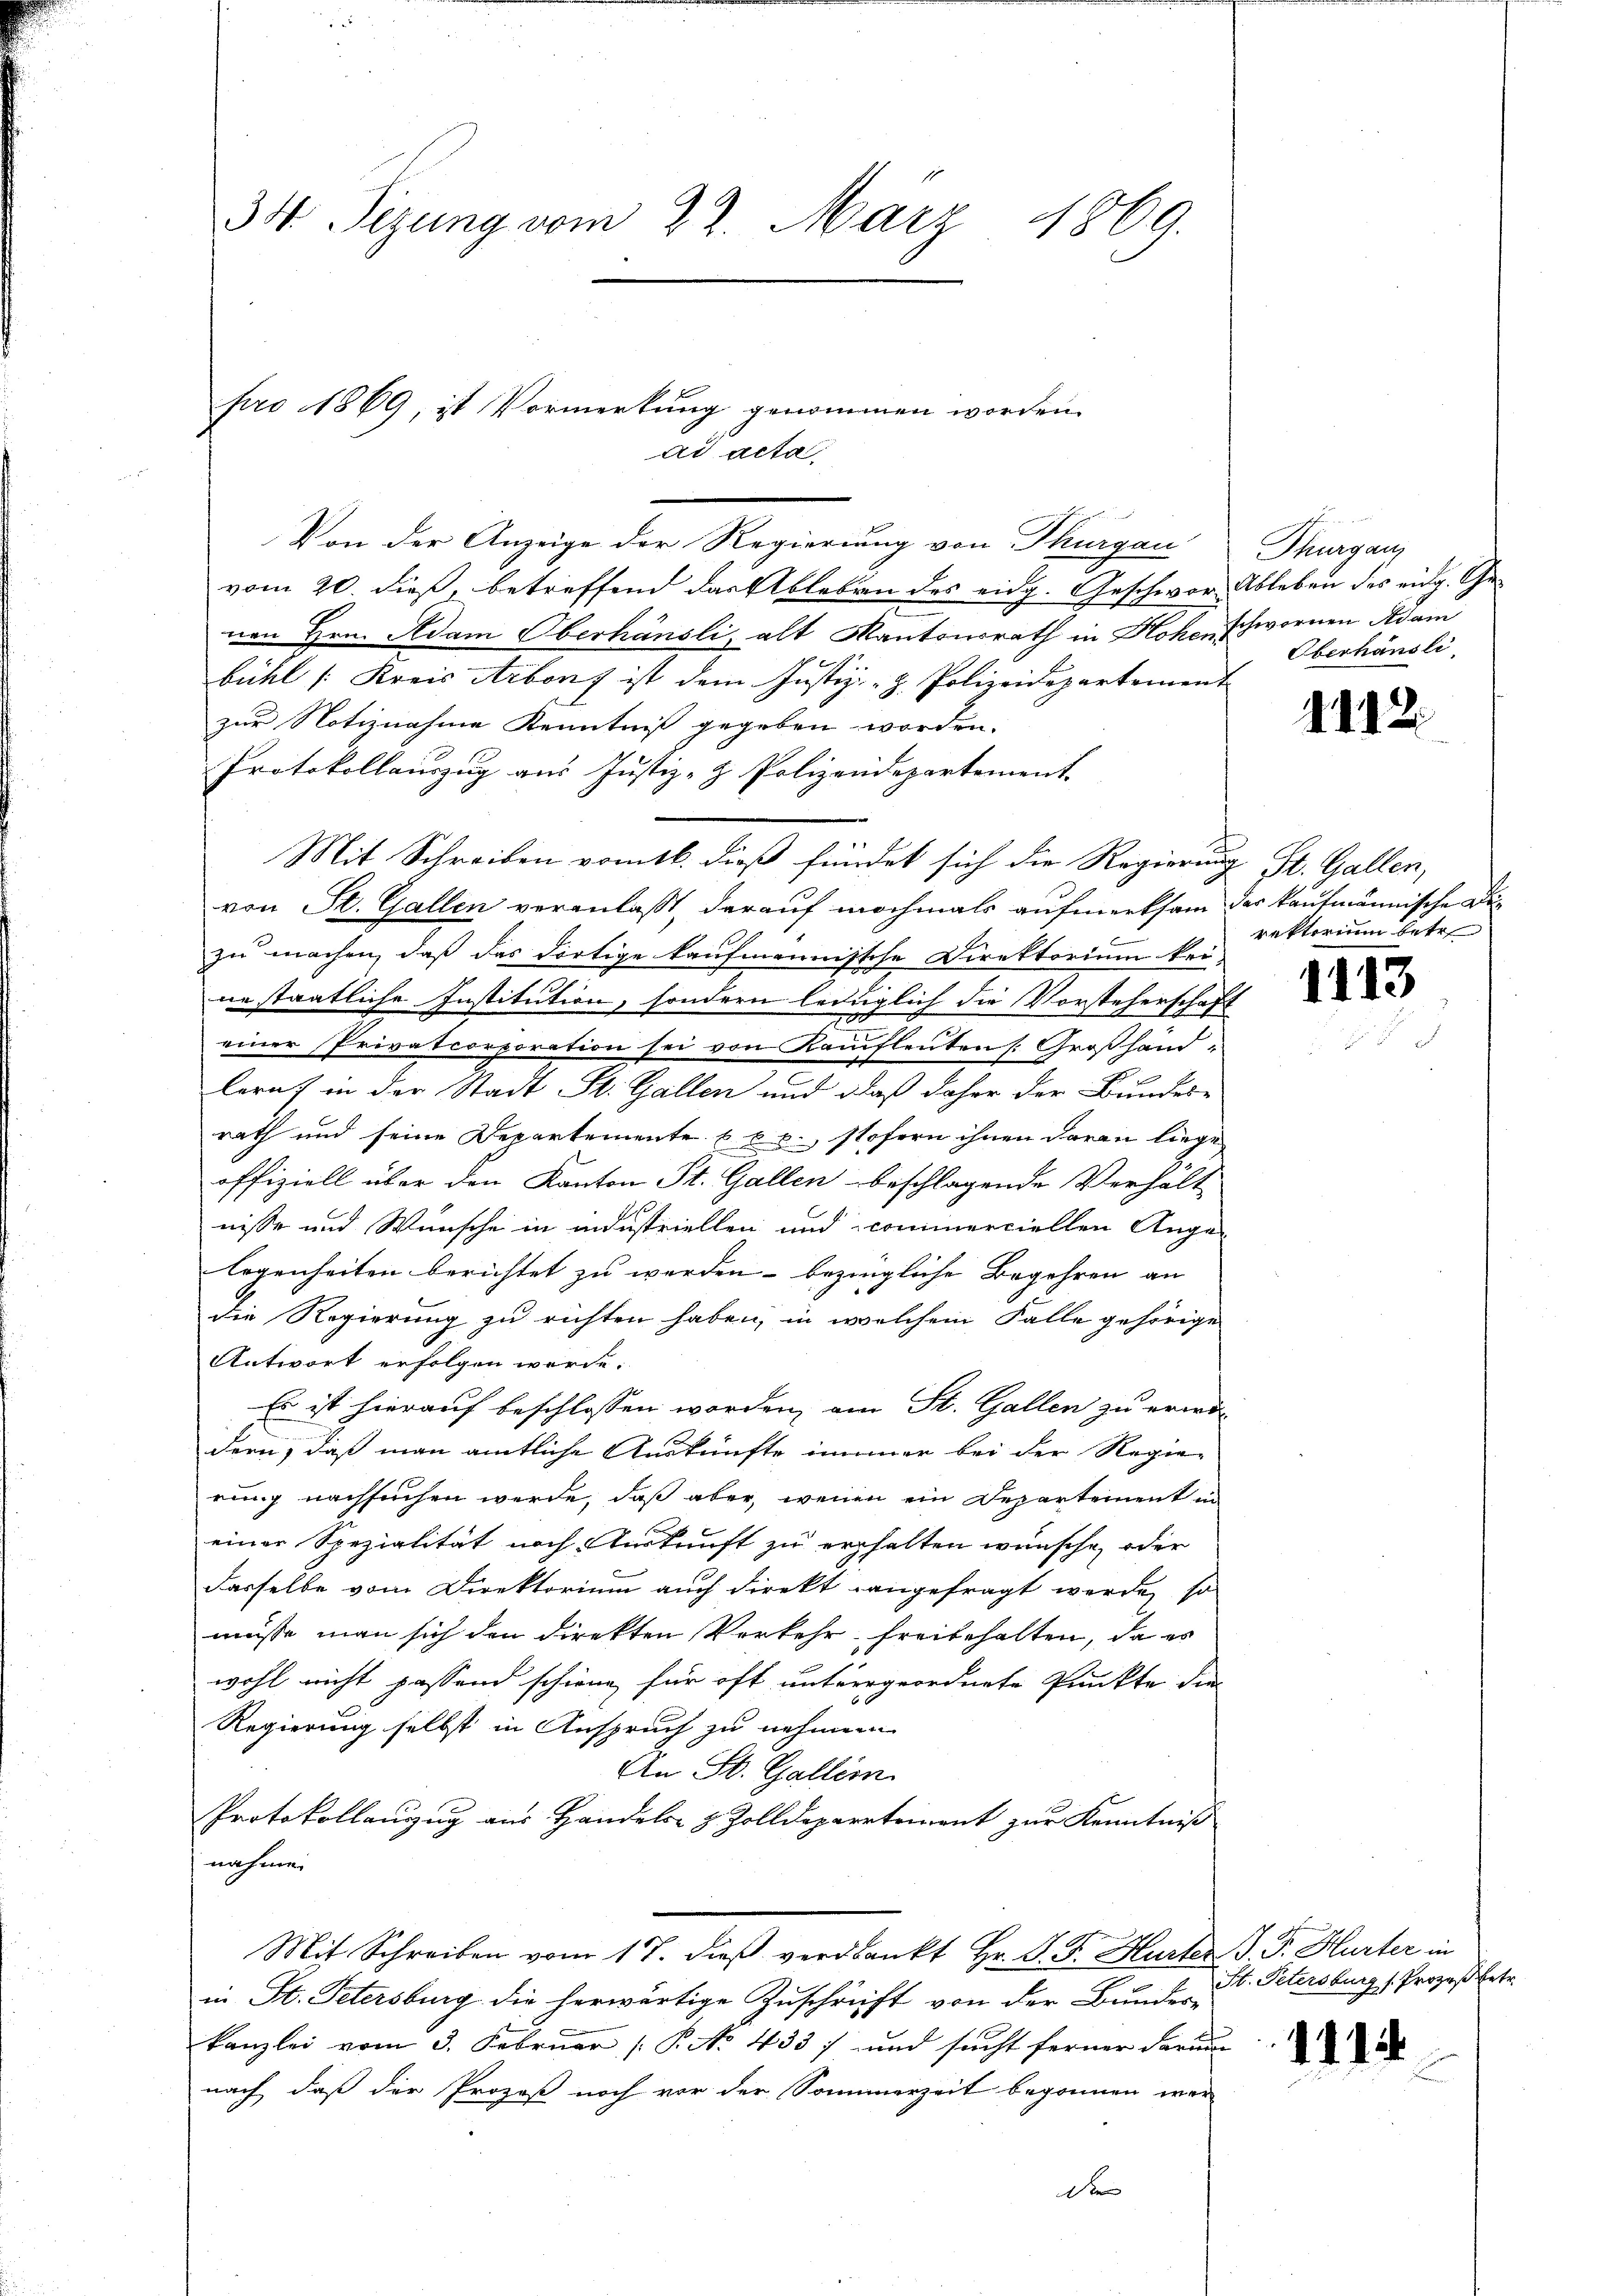
34. Sizung vom 23. März 1869.

pro 1869, ist Vormerkung genommen worden.
ad acta

Von der Anzeige der Regierung von Thurgau
vom 20. dieß, betreffend das Ableben des eidg. Geschwornen Hrn. Adam Oberhänsli, alt Kantonsrath in Hohen
bühl [Kreis Arbonf ist dem Justiz- & Polizeidepartement
zur Notiznahme Kenntniß gegeben worden.
Protokollauszug aus Justiz- & Polizendepartement
Mit Schreiben vom 16. dieß findet sich die Regierung St. Gallen,
von St. Gallen veranlaßt, darauf nochmals aufmerksam
zu machen, daß das dortige kaufmannische Direktorium kei-
ne staatliche Institution, sondern lediglich die Vorsteherschaf
einer Privatcorporation sei von Kaufleuten [Großhand-
leraf in der Stadt St. Gallen und daß daher der Bundese
rath und seine Departemente Epp., stofern ihnen daran liege
offiziell über den Kanton St. Gallen beschlagende Verhalt
nisse und Wünsche in industriellen und commerciellen Ange-
legenheiten berichtet zu werden - bezingliche Begehren an
die Regierung zu richten haben, in welchem Falle gehörige
Antwort erfolgen werde.
Es ist hierauf beschlossen worden, am St. Gallen zu erwä
dern, daß man amtliche Auskünfte immer bei der Regie-
rung nachsuchen werde, daß aber, wenn ein Departement u
einer Spezialität noch Auskunft zu erhalten wünsche, oder
dasselbe vom Direktorium auch direkt angefragt werde, so
müsse man sich den direkten Verkehr freibehalten, da es
wohl nicht passend schiene für oft untergeordnete Punkte die
Regierung selbst in Anspruch zu nehmen
An St. Gallem
Protokollauzug aus Handels- & Zolldepartement zur Kenntniß
nahme.
Mit Schreiben vom 17. dieβ verdankt Hr. P. F. Hurter J. J. Hurter in
in St. Petersburg die herwärtige Zuschrift von der Bundes-
kanzlei vom 3. Februar [P. No 433) und sucht ferner darum
nach, daß der Prozeß noch vor der Sommerzeit begonnen wer
dxx

Thurganz
Ableben des eidg. Geschwornen Adam
Oberhäusli

1112

der kaufmännische Di
rekterium betr

1113

St. Petersburg (Prozeß betr.

1114